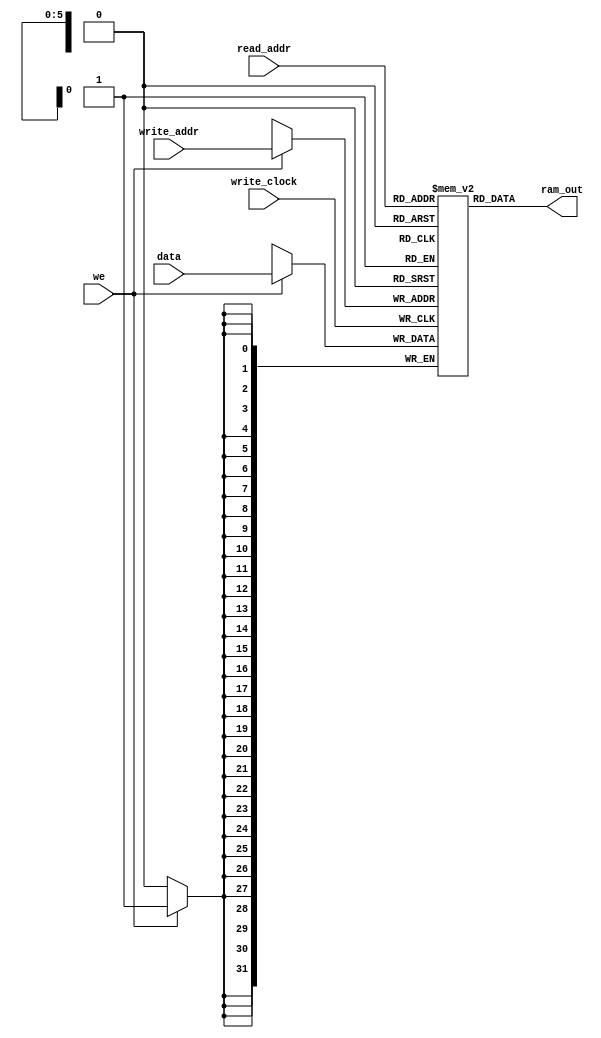
module ram
#(
	parameter DATA_WIDTH=32, 
	parameter ADDR_WIDTH=6
	// o certo seria 14, entretanto para a melhorar
	// a performance foi reduzido
)
(
	input [(DATA_WIDTH-1):0] data,
	input [(ADDR_WIDTH-1):0] read_addr, write_addr,
	input we, write_clock,
	output [(DATA_WIDTH-1):0] ram_out
);
	
	// Declare the RAM variable
	reg [DATA_WIDTH-1:0] ram[(2**ADDR_WIDTH)-1:0];
	
	always @ (posedge write_clock)
	begin
		// Write
		if (we)
			ram[write_addr] <= data;
	end
	
	assign ram_out = ram[read_addr];
	
endmodule